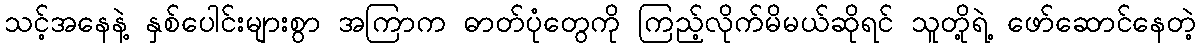
သင့်အနေနဲ့ နှစ်ပေါင်းများစွာ အကြာက ဓာတ်ပုံတွေကို ကြည့်လိုက်မိမယ်ဆိုရင် သူတို့ရဲ့ ဖော်ဆောင်နေတဲ့